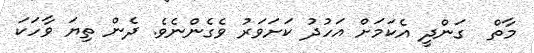
މާތް  ގަންދީ އެކަމަށް އަހުދު ކަށަވަރު ވެގެންނެވެ. ދެން ތިޔަ ވާހަކަ